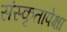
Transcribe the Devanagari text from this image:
संस्कृतापेक्षा